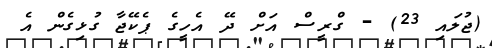
(ޖުލައި 23) - ގްރީސް އަށް ދޭ އެހީގެ ޕެކޭޖާ ގުޅިގެން އެ